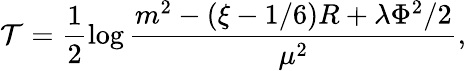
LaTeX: \mathcal{T}=\frac{{1}}{{2}}\log\frac{{m^{2}-(\xi-1/6)R+\lambda\Phi^{2}/2}}{{\mu^{2}}},